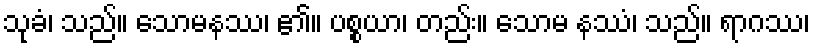
သုခံ၊ သည်။ သောမနဿ၊ ၏။ ပစ္စယာ၊ တည်း။ သောမ နဿံ၊ သည်။ ရာဂဿ၊